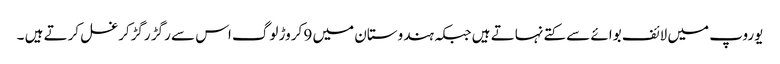
یوروپ میں لائف بوائے سے کتے نہاتے ہیں جبکہ ہندوستان میں 9 کروڑ لوگ اس سے رگڑ رگڑکرغسل کرتے ہیں ۔